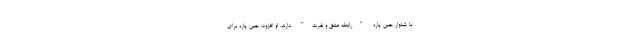
با شلوار جین پاره "رابطه عشق و نفرت" دارند. او افزود: جین پاره برای